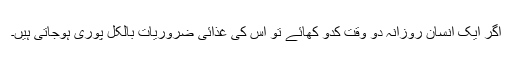
اگر ایک انسان روزانہ دو وقت کدّو کھائے تو اس کی غذائی ضروریات بالکل پوری ہوجاتی ہیں۔